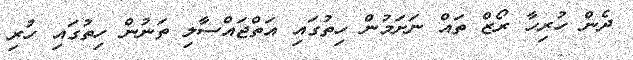
ދެން ހުރިހާ ރޯޒް ތައް ނަށަމުން ހިތުގައި އަތްޖައްސާލި ތަނުން ހިތުގައި ހުރި